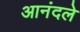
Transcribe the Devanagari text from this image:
आनंदले